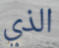
الذي